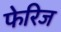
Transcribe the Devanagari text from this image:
फेरिज